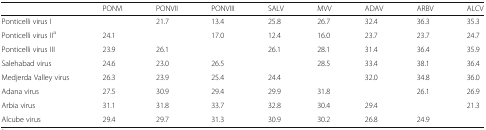
<table><thead><tr><td></td><td><b>PONVI</b></td><td><b>PONVII</b></td><td><b>PONVIII</b></td><td><b>SALV</b></td><td><b>MVV</b></td><td><b>ADAV</b></td><td><b>ARBV</b></td><td><b>ALCV</b></td></tr></thead><tbody><tr><td>Ponticelli virus I</td><td></td><td>21.7</td><td>13.4</td><td>25.8</td><td>26.7</td><td>32.4</td><td>36.3</td><td>35.3</td></tr><tr><td>Ponticelli virus II<sup>a</sup></td><td>24.1</td><td></td><td>17.0</td><td>12.4</td><td>16.0</td><td>23.7</td><td>23.7</td><td>24.7</td></tr><tr><td>Ponticelli virus III</td><td>23.9</td><td>26.1</td><td></td><td>26.1</td><td>28.1</td><td>31.4</td><td>36.4</td><td>35.9</td></tr><tr><td>Salehabad virus</td><td>24.6</td><td>23.0</td><td>26.5</td><td></td><td>28.5</td><td>33.4</td><td>38.1</td><td>36.4</td></tr><tr><td>Medjerda Valley virus</td><td>26.3</td><td>23.9</td><td>25.4</td><td>24.4</td><td></td><td>32.0</td><td>34.8</td><td>36.0</td></tr><tr><td>Adana virus</td><td>27.5</td><td>30.9</td><td>29.4</td><td>29.9</td><td>31.8</td><td></td><td>26.1</td><td>26.9</td></tr><tr><td>Arbia virus</td><td>31.1</td><td>31.8</td><td>33.7</td><td>32.8</td><td>30.4</td><td>29.4</td><td></td><td>21.3</td></tr><tr><td>Alcube virus</td><td>29.4</td><td>29.7</td><td>31.3</td><td>30.9</td><td>30.2</td><td>26.8</td><td>24.9</td><td></td></tr></tbody></table>